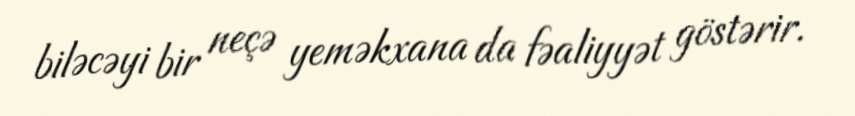
biləcəyi bir neçə yeməkxana da fəaliyyət göstərir.